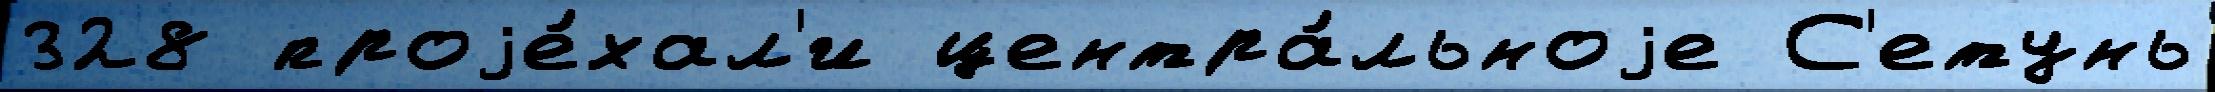
328 проjе́хал'и центра́льноjе С'етунь